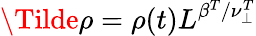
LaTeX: \Tilde{\rho}=\rho(t)L^{\beta^{T}/\nu_{\perp}^{T}}